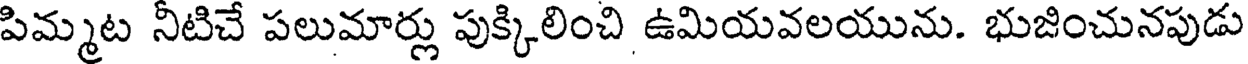
పిమ్మట నీటిచే పలుమార్లు పుక్కిలించి ఉమియవలయును. భుజించునపుడు